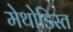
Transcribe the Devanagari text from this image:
मेथोडिस्त